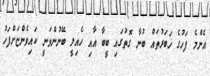
އެންމެ ފަހުގެ ޚަބަރުތައް ބުނާ ގޮތުގައި ބީބާ އާއި ހެއިލީ ބޭނުންވަނީ ކައިވެންޏަށްފަހު